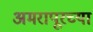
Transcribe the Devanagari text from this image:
अमरापूरच्या